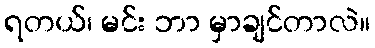
ရတယ်၊ မင်း ဘာ မှာချင်တာလဲ။